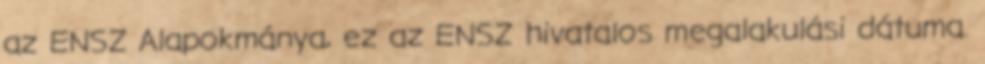
az ENSZ Alapokmánya, ez az ENSZ hivatalos megalakulási dátuma.